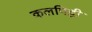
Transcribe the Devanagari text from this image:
कलपिट्टी